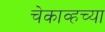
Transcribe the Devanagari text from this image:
चेकाव्हच्या